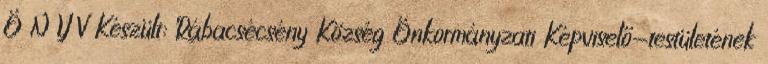
Ö N Y V Készült: Rábacsécsény Község Önkormányzati Képviselő-testületének